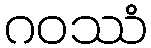
ဂဝဿံ